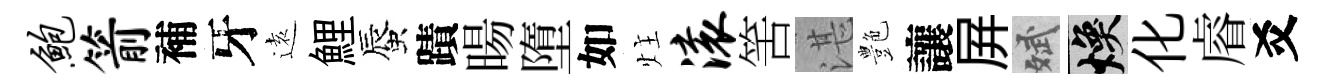
鲍箭補牙逺鯉蜃蹟暘墮如炷滚筈湛艶讓屛斌焕化𥈠爻